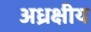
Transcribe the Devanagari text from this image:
अध्रक्षीय